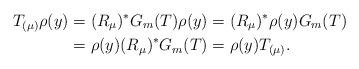
LaTeX: \begin{align*}T_{(\mu)} \rho(y)& =(R_\mu)^* G_m(T) \rho(y)=(R_\mu)^* \rho(y) G_m(T) \\& =\rho(y) (R_\mu)^* G_m(T)=\rho(y) T_{(\mu)}.\end{align*}